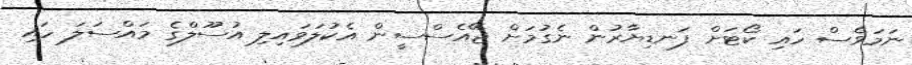
ނަމަވެސް ހައި ކޯޓަށް ފަނޑިޔާރުން ނެގުމަށް ޖޭއެސްސީން އެކުލަވައިލި އުސޫލްގެ މައްސަލަ ހައި